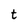
Character: t